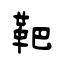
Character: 靶